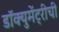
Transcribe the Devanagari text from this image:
डॉक्युमेंट्रीची